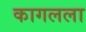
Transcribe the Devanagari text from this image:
कागलला